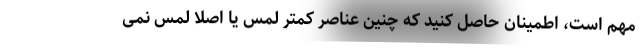
مهم است، اطمینان حاصل کنید که چنین عناصر کمتر لمس یا اصلا لمس نمی